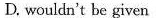
D. wouldn't be given